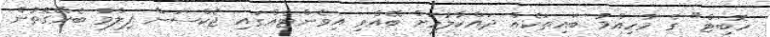
ހޮބިޓް" ގެ މުހިއްމު ބައިތަކެއް ދައްކާލުމަށް ބޭއްވި އިވެންޓެއްގައި ޖެކްސަން ފިލްމާ ބެހޭގޮތުން